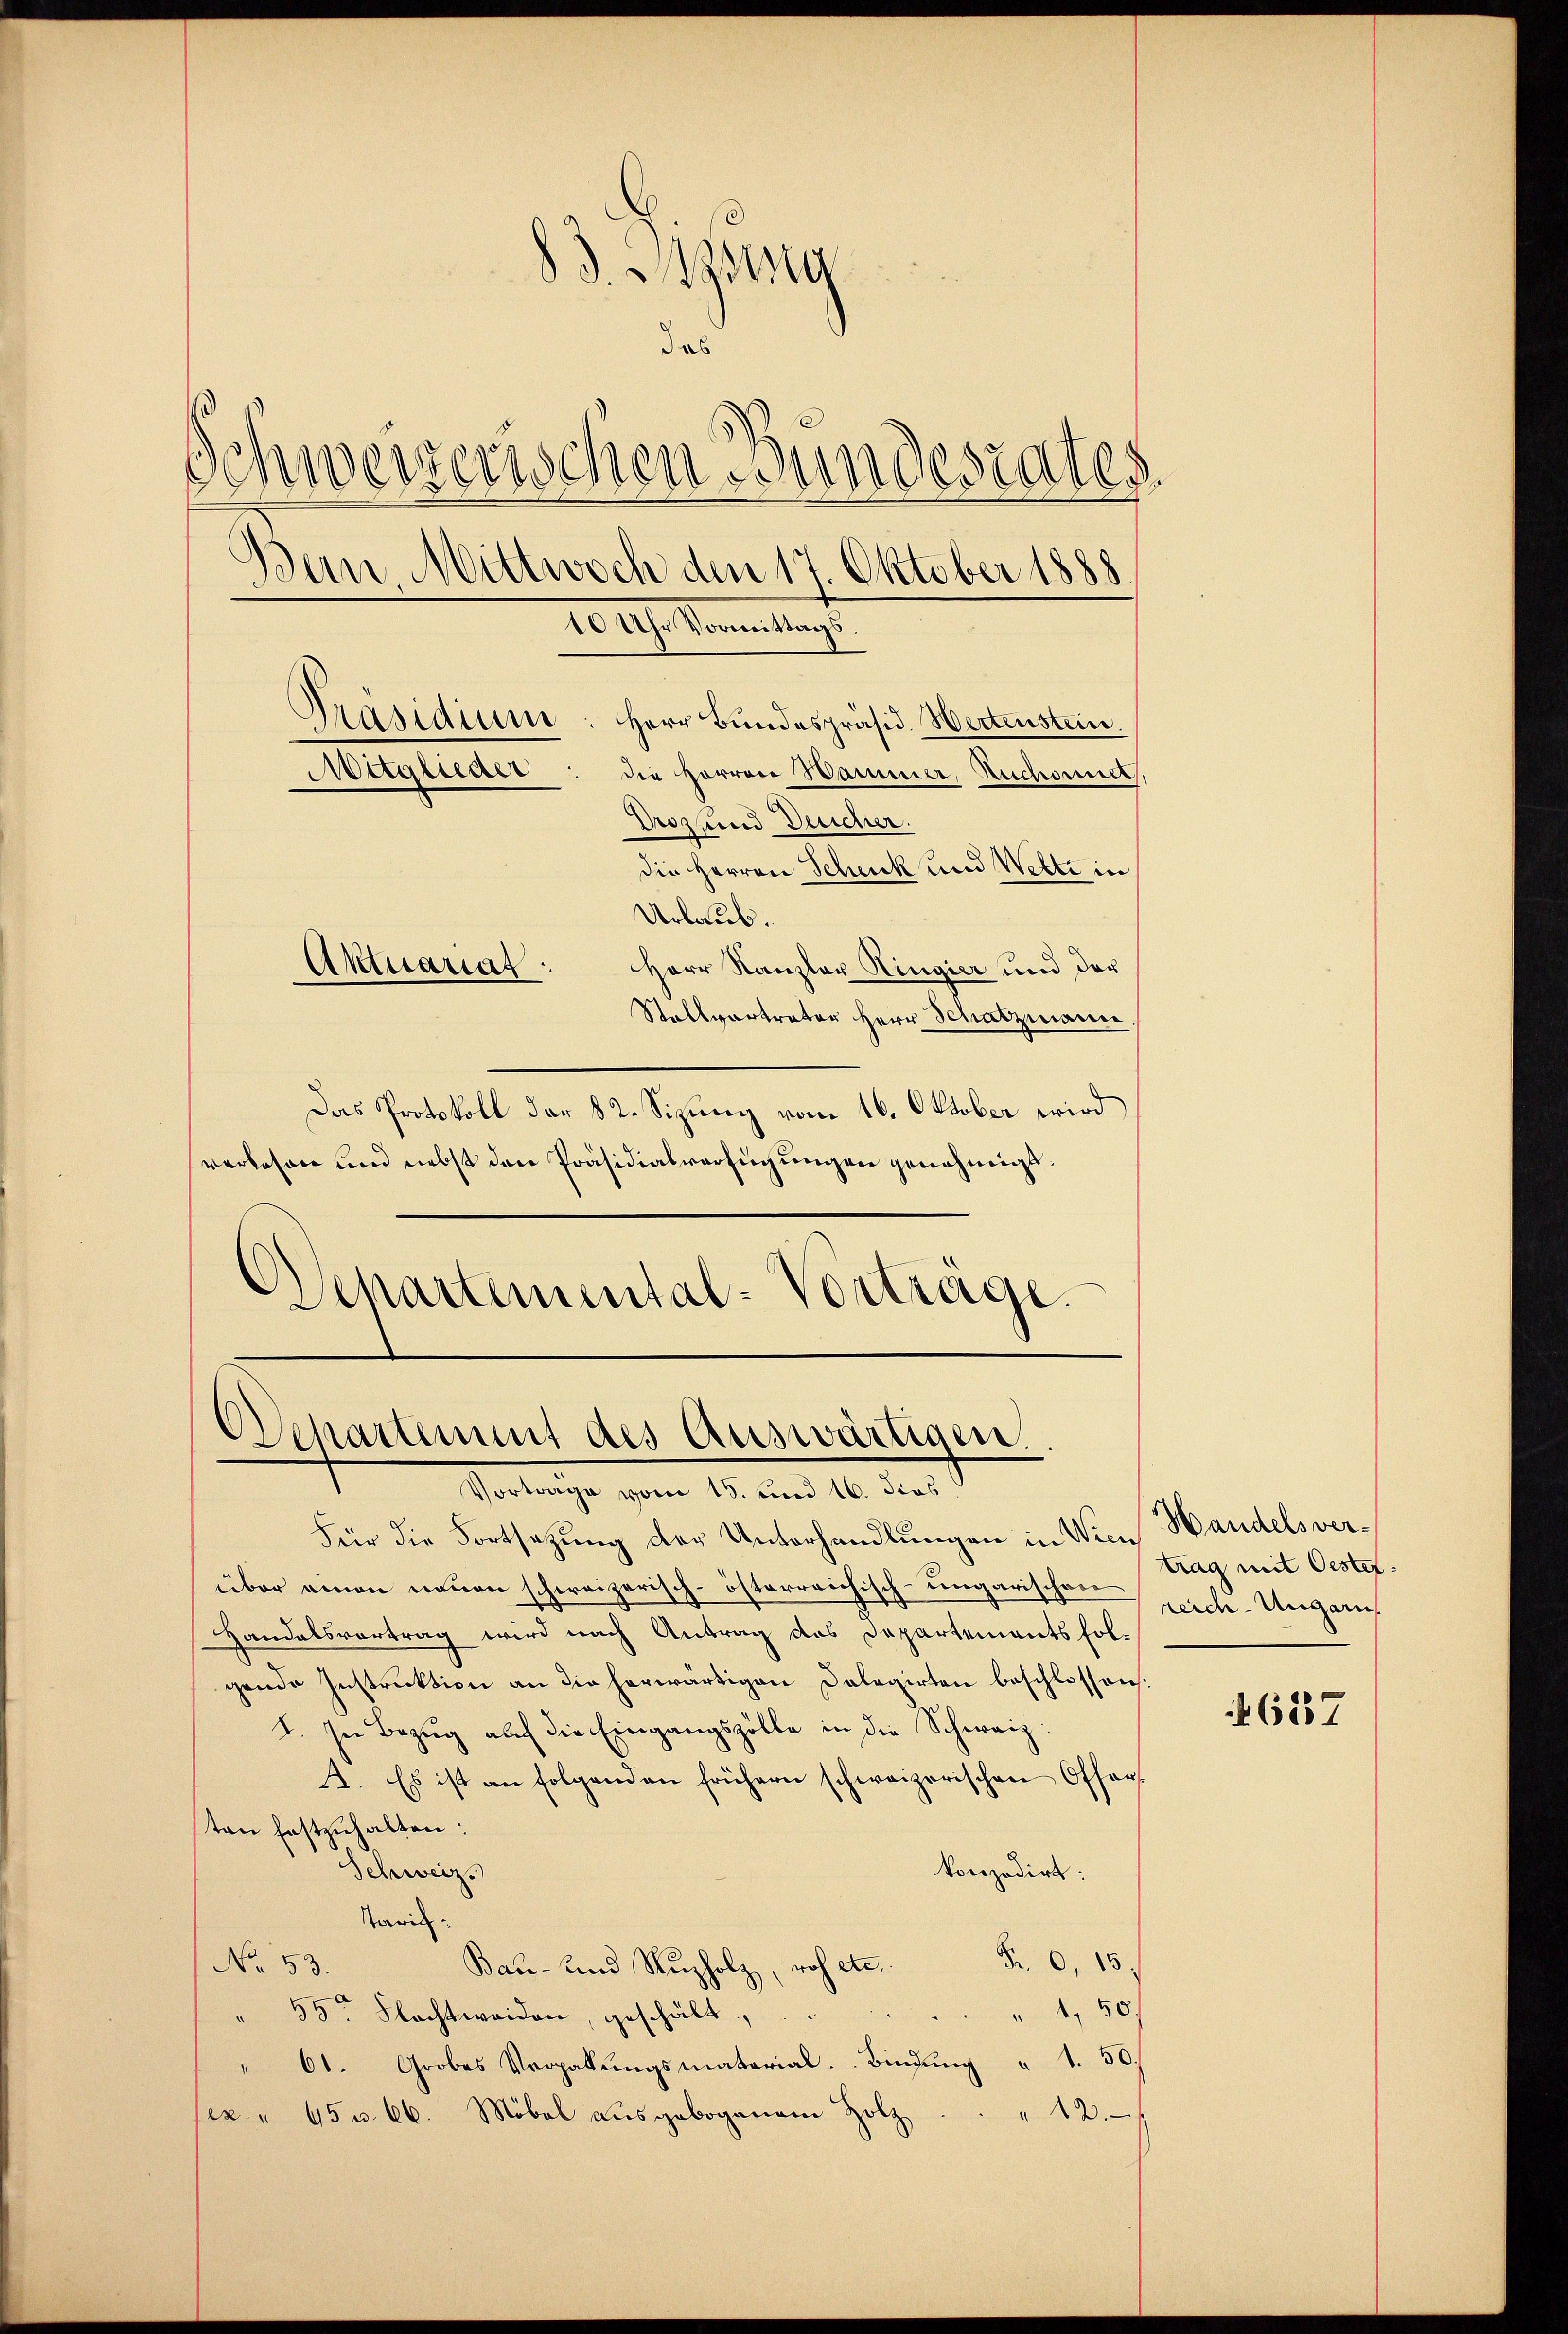
83. Mitg
das
Schweizerischen Bundesrates.
Bein Mittwoch den 17. Oktober 1888
10 Uhr Vormittags.
Präsidium
Herr Bundespräsid. Wertenstein.
Mitglieder
die Herren Wammer, Ruchornet,
Droz und Deucher.
die Herren Schenk und Wette in
Urlaub.
Herr Kanzler Ringier und der
Aktuariat
Stallvertreter Herr Schatzmann.

Das Protokoll der 82. Sizung vom 16. Oktober wird
verlesen und nebst den Präsidialverfügungen genehmigt.
Departemental-Vorträge.

Departemmt des Auswärtigen.
Vortrage vom 15. und 16. dies

Für die Fortsetzung der Unterhandlungen in Wien Handelsverüber einen neuen schweizerisch-österreichisch-ungarischen
Handelsvortrag wird nach Antrag des Departements folgende Instruktion an die herwärtigen Dolegirten beschlossen:
I. In Bezug auf die Eingangszölle in die Schweiz:
A. Es ist an folgenden frühern schweizerischen Offerten festzuhalten:
Schweiz.
konzedirt:
Karik
 0,15.
No 53.
Bau- und Nuzholz, roh etc.
 4,50
55 Flachtweiden, geschält.
" 61. Grobes Vergabŭngsmaterial. Bindung " 1. 50.
 13.
sex " 45 u. 66. Möbel ausgebogenem Holz

trag mit Oester
reich. Ungarn.

4687